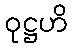
ဝုဋ္ဌဟိ